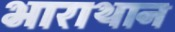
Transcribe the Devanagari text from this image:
भाराथान